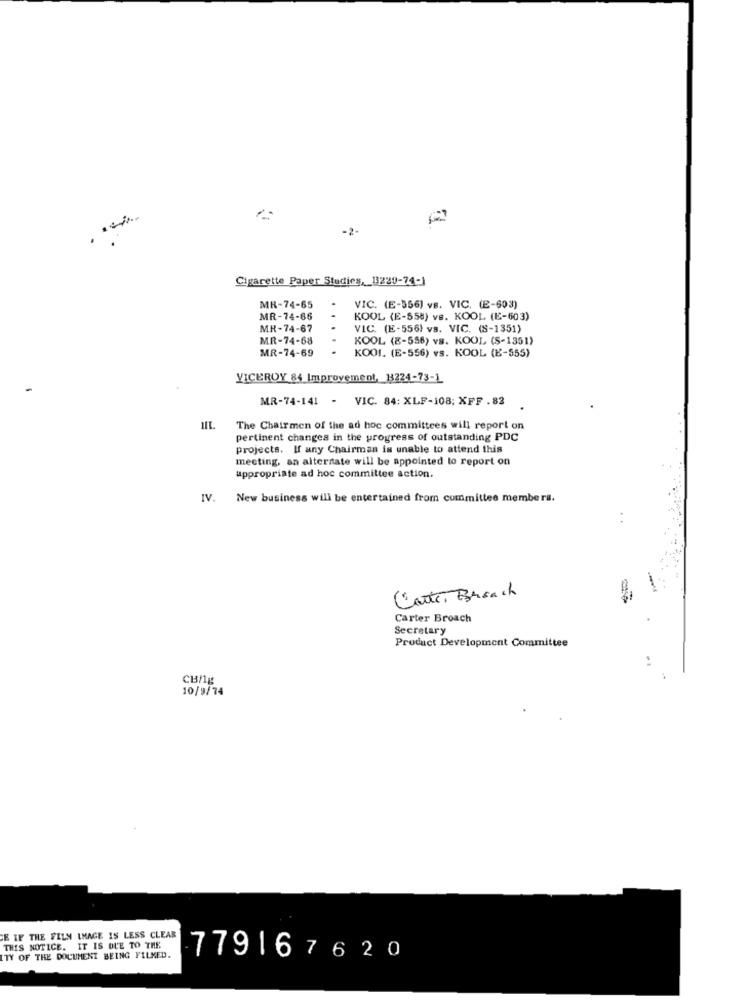
-2-
Cigarette Paper Studies, 13220-74-1
MR-74-65
VIC. (E-556) vs. VIC. (E-603)
MR-74-66
..
KOOL (E-558) vs. KOOL (E-603)
MR-74-67
VIC. (E-556) vs. VIC. (S-1351)
MR-74-68
KOOL (E-556) vs. KOOL (S-1351)
MR-74-69
..
KOOI. (E-556) vs. KOOL (E-555)
VICEROY 84 Improvement, 1224-73-1
MR-74-141 - VIC. 84: XLF-108; XFF . 82
The Chairmen of the ad hoc committees will report on
pertinent changes in the progress of outstanding PDC
projects. If any Chairman is unable to attend this
meeting, an alternate will be appointed to report on
appropriate ad hoc committee action.
IV.
New business will be entertained from committee members.
Corte Broach
Carter Broach
Secretary
Product Development Committee
CB/1g
10/9/74
E IF THE FILM IMAGE IS LESS CLEAR
THIS NOTICE. IT IS DUE TO THE
ITY OF THE DOCUMENT BEING FILMED.
779167620